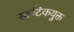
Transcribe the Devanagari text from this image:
स्फटिकयुक्त